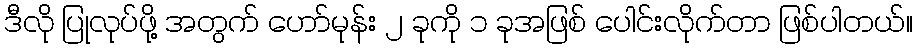
ဒီလို ပြုလုပ်ဖို့ အတွက် ဟော်မုန်း ၂ ခုကို ၁ ခုအဖြစ် ပေါင်းလိုက်တာ ဖြစ်ပါတယ်။